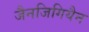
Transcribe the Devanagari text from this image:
जैनजिगियैन